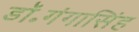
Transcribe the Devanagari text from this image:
डॉ॰गंगासिंह